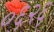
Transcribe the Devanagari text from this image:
०६२६